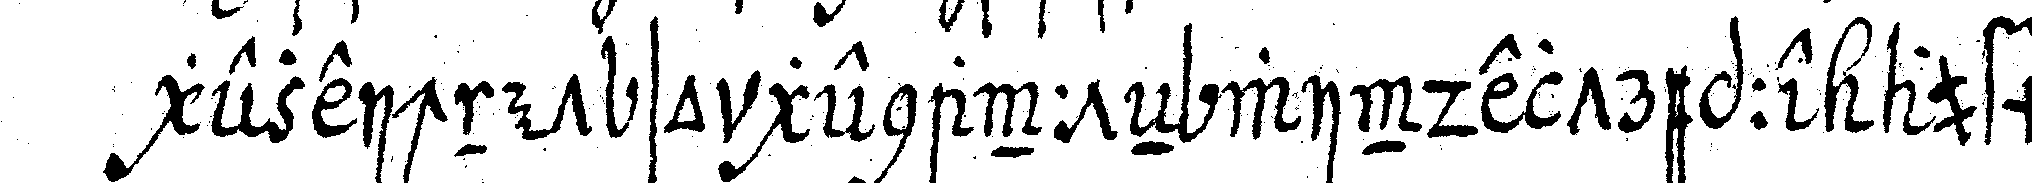
gezeichnet so genannteN windeltreppe aufm